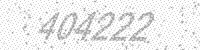
Solution: 404222